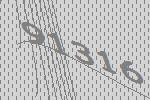
91316